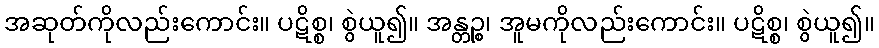
အဆုတ်ကိုလည်းကောင်း။ ပဋိစ္စ၊ စွဲယူ၍။ အန္တဉ္စ၊ အူမကိုလည်းကောင်း။ ပဋိစ္စ၊ စွဲယူ၍။